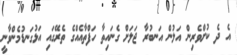
އެ ދެ ކުށްވެރިން އަލުން އަނބުރާ ޖަލަށް ގެނައިތާ ހަފްތާއެއްގެ ތެރޭގައި އަޅުގަނޑުމެންވާނީ